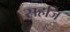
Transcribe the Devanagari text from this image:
सहजि